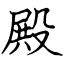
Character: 殿